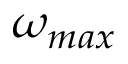
\omega _ { m a x }